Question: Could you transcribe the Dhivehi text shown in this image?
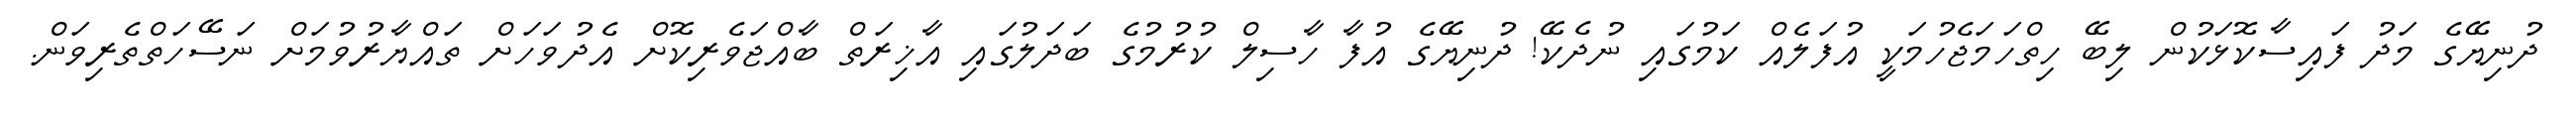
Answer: ދުނިޔޭގެ މަދު ފައިސާކޮޅަކުން ލިބޭ ހިތްހަމަޖެހުމަކީ އުފަލެއް ކަމުގައި ނުދެކޭ! ދުނިޔޭގެ އުފާ ހާސިލް ކުރުމުގެ ބަދަލުގައި އާޚިރަތް ބާއްޖަވެރިކޮށް އެދުވަހަށް ތައްޔާރުވުމަށް ނަސޭހަތްތެރިވަން.